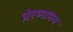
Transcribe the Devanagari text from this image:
प्रेरणामय